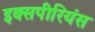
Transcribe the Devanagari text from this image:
इक्सपीरियंस